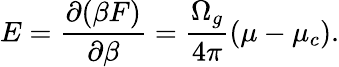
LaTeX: E={\frac{\partial(\beta F)}{\partial\beta}}={\frac{\Omega_{g}}{4\pi}}(\mu-\mu_{c}).